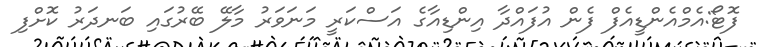
ފޮޓޯ:އެމްއެންޑީއެފް ފެން އުފައްދާ އިންޑިއާގެ އަސްކަރީ މަނަވަރު މާލޭ ބޭރުގައި ބަނދަރު ކޮށްފި